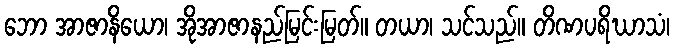
ဘော အာဇာနိယော၊ အိုအာဇာနည်မြင်းမြတ်။ တယာ၊ သင်သည်။ တိဏပရိဃာသံ၊